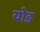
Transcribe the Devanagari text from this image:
योड